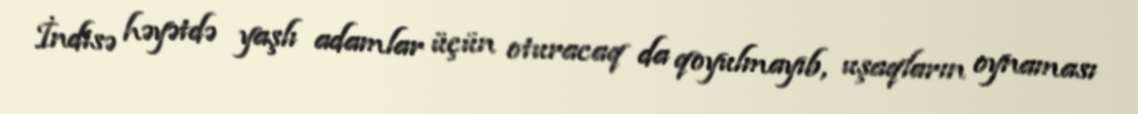
İndisə həyətdə yaşlı adamlar üçün oturacaq da qoyulmayıb, uşaqların oynaması